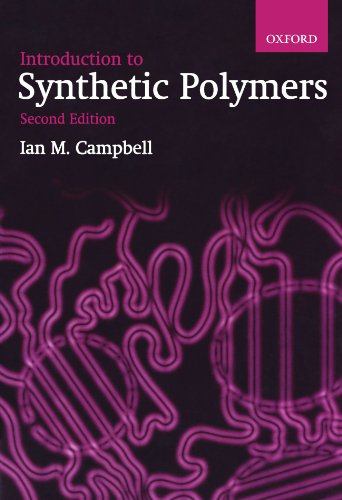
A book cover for Introduction to Synthetic Polymers; Ian M. Campbell; Science & Math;